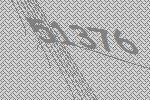
51376